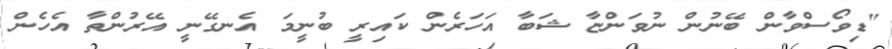
"ޑިވޯސްވާން ބޭނުން ނުވަންޏާ ޝަބާ އަހަރެން ކައިރީ ބުނީމަ އެނގޭނީ އޭރުންތާ އެހެން